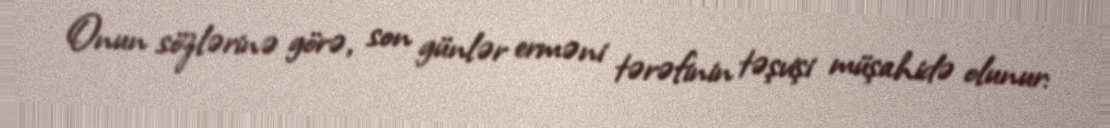
Onun sözlərinə görə, son günlər erməni tərəfinin təşvişi müşahidə olunur: